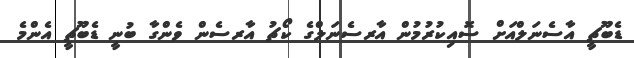
ޑެބޫޗީ އާސެނަލްއަށް ސޮއިކުރުމުން އާރސެނަލްގެ ކޯޗު އާރސެން ވެންގާ ބުނީ ޑެބޫޗީ އެންމެ